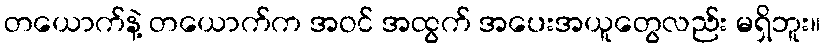
တယောက်နဲ့ တယောက်က အဝင် အထွက် အပေးအယူတွေလည်း မရှိဘူး။